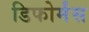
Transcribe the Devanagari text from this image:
डिफोर्मंस